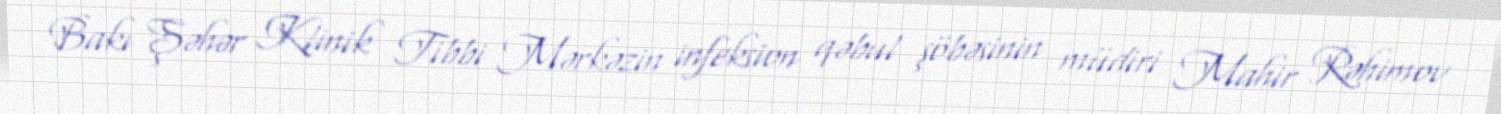
Bakı Şəhər Klinik Tibbi Mərkəzin infeksion qəbul şöbəsinin müdiri Mahir Rəhimov